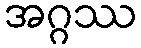
အဂ္ဂဿ